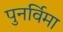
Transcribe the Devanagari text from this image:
पुनर्विमा